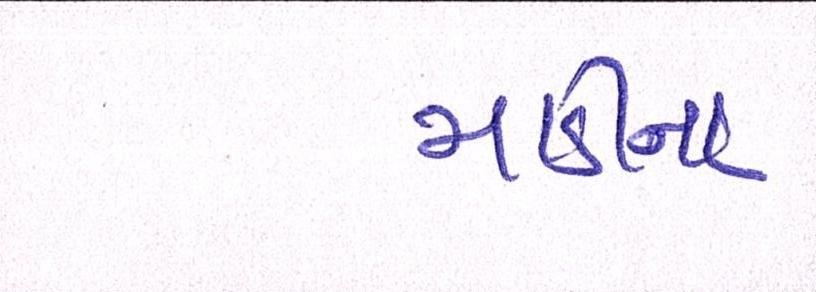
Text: માડીના